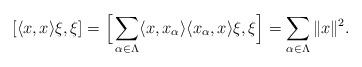
LaTeX: \begin{align*}[ \langle x, x \rangle \xi, \xi ] = \Big[\sum_{\alpha\in \Lambda} \langle x, x_{\alpha} \rangle \langle x_{\alpha}, x \rangle\xi, \xi \Big] = \sum_{\alpha\in \Lambda}\|x\| ^2.\end{align*}